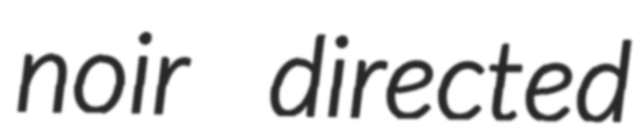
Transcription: noir directed